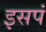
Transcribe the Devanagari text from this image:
इसपं